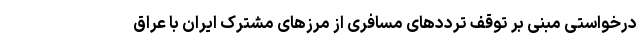
درخواستی مبنی بر توقف ترددهای مسافری از مرزهای مشترک ایران با عراق